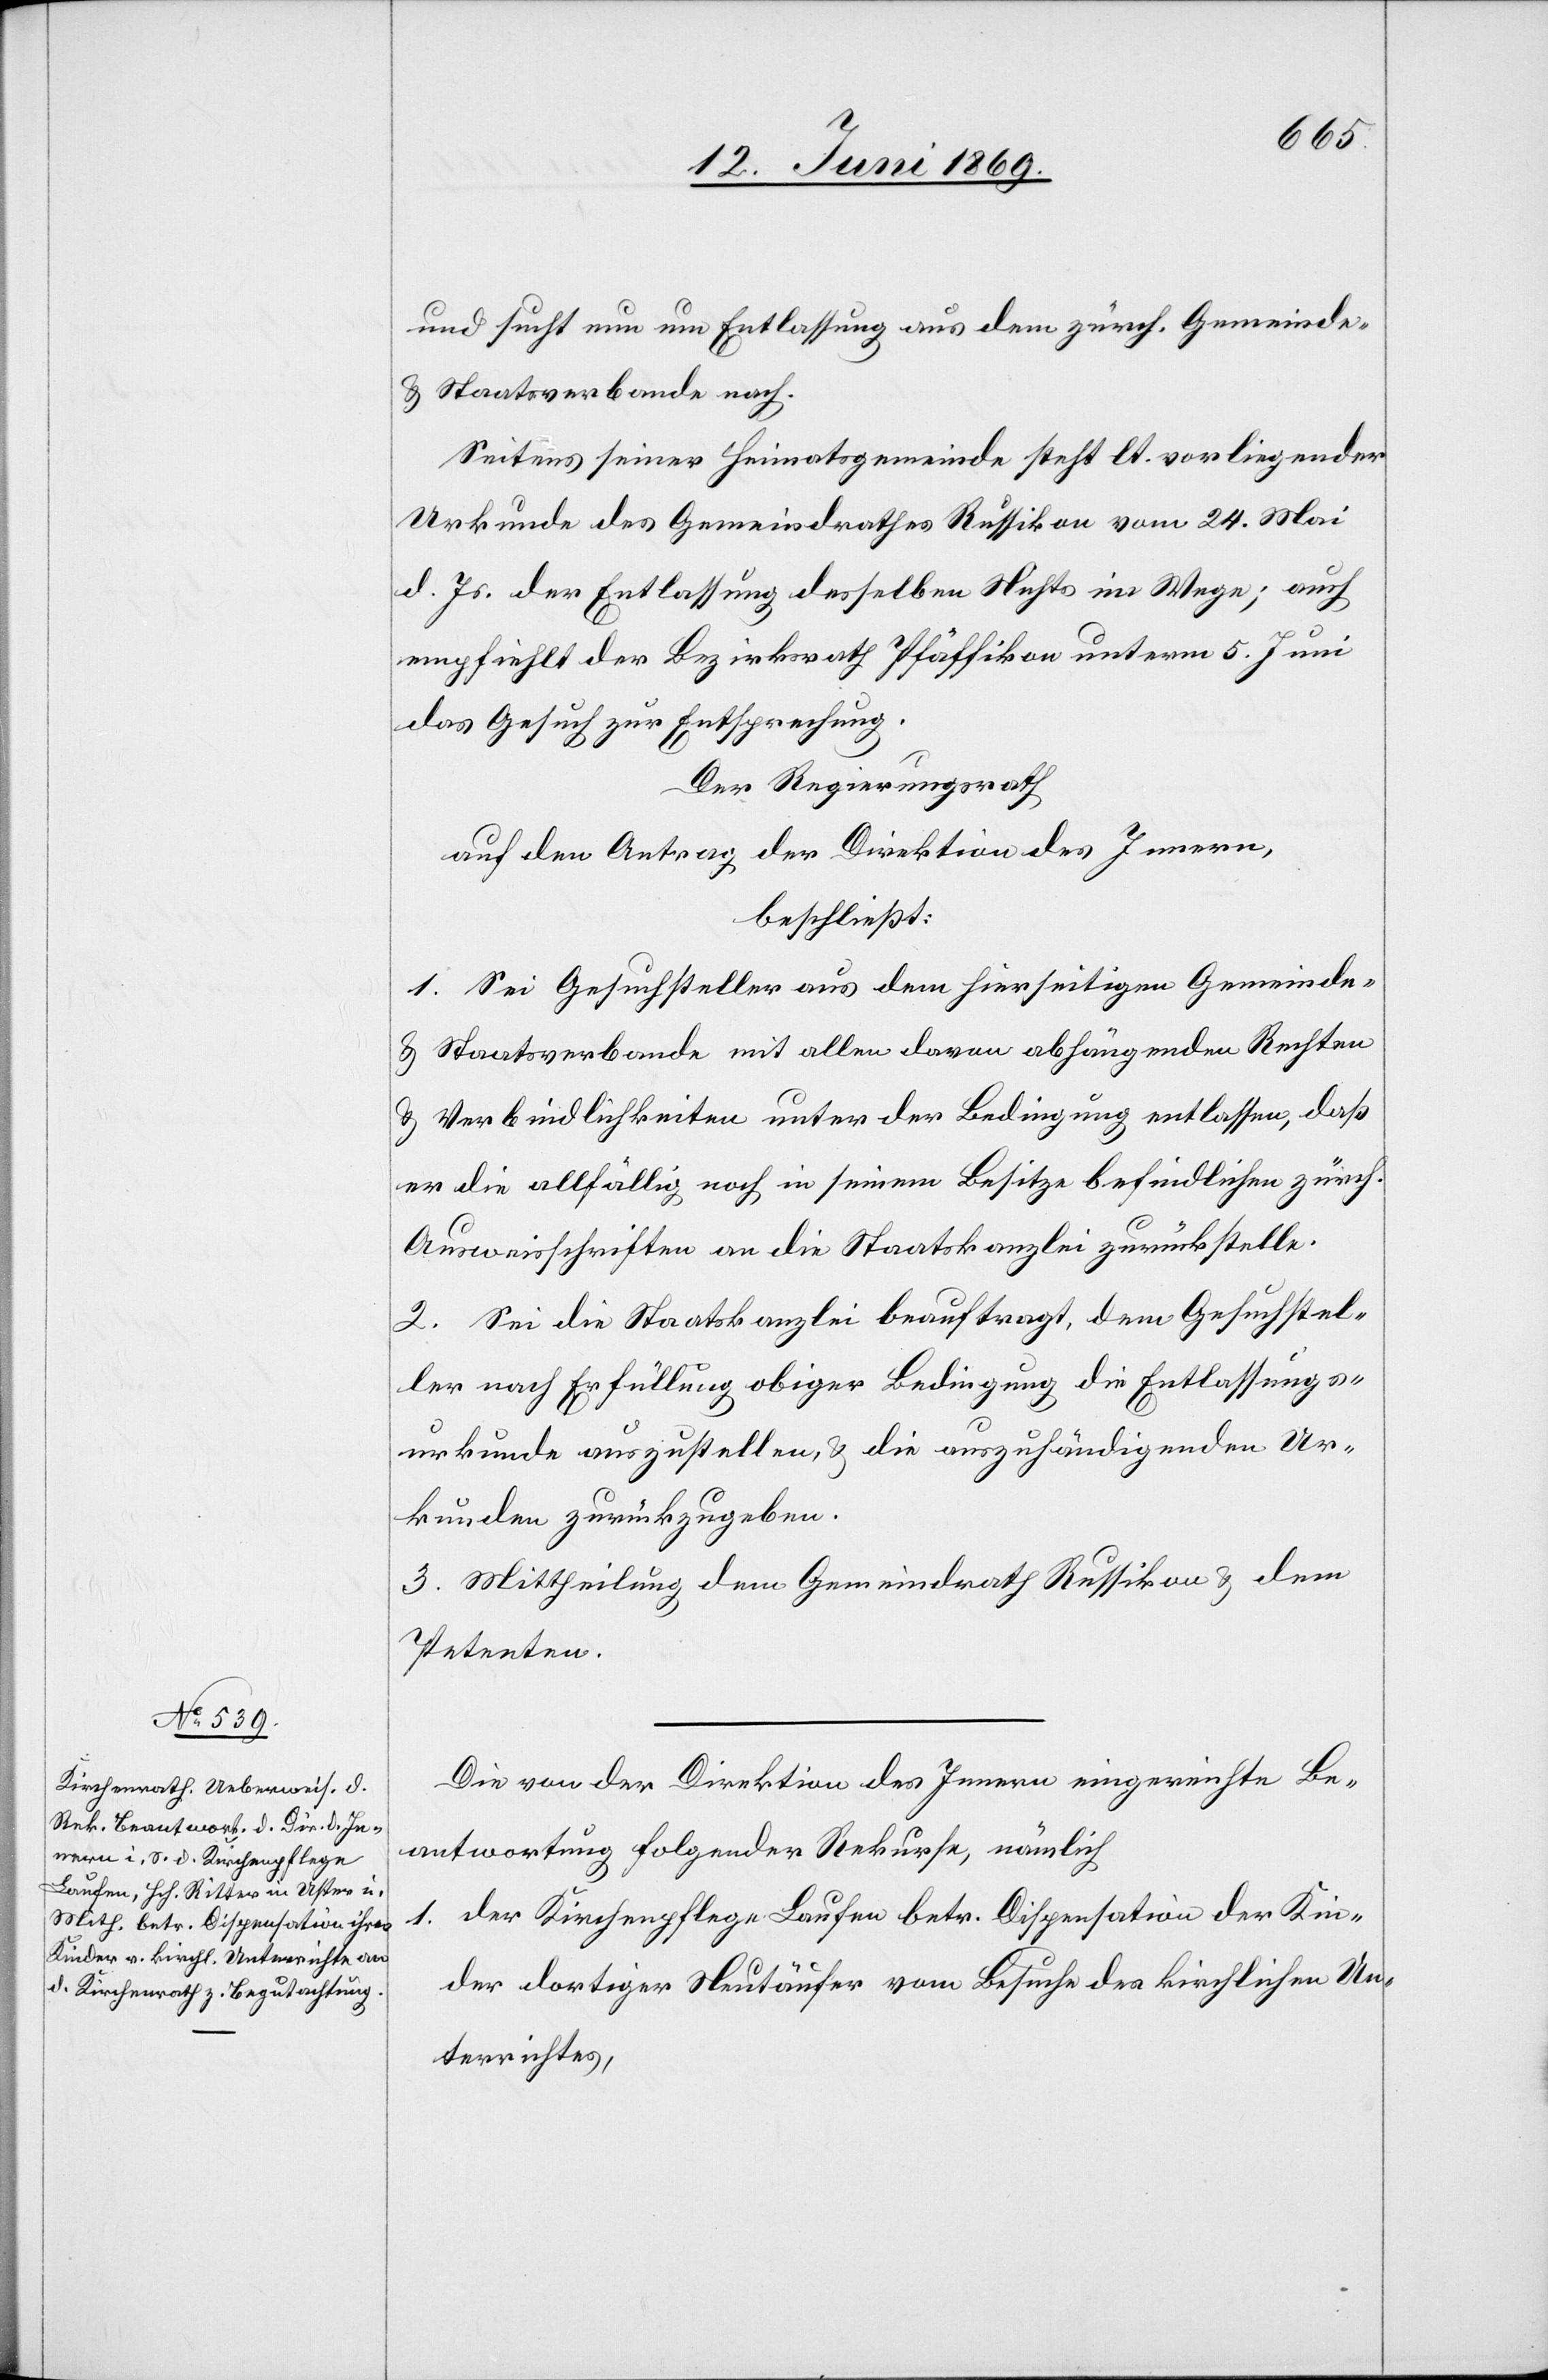
und sucht nun um Entlassung aus dem zürch. Gemeinde-
u. Staatsverbande nach.
Seitens seiner Heimatsgemeinde steht lt. Vorliegender
Urkunde des Gemeindrathes Russikon vom 24 Mai
d. Js. der Entlassung desselben Nichts im Wege; auch
empfiehlt der Bezirksrath Pfäffikon unterm 5 Juni
das Gesetz zur Entsprechung.
Der Regierungsrath,
auf den Antrag der Direktion des Innern,
beschließt:
1. Sei Gesuchsteller aus dem hierseitigen Gemeinde-
u. Staatsverbande mit allen davon abhängenden Rechten
u. Verbindlichkeiten unter der Bedingung entlassen, daß
er die allfällig noch in seinem Besitze befindlichen zürch.
Ausweisschriften an die Staatskanzlei zurückstelle.
2. Sei die Staatskanzlei beauftragt, dem Gesuchstel¬
ler nach Erfüllung obiger Bedingung die Entlassungs¬
urkunde auszustellen, u. die auszuhändigenden Ur¬
kunden zurückzugeben.
3. Mittheilung dem Gemeindrath Russikon u. dem
Petenten.
Die von der Direktion des Innern eingereichte Be¬
antwortung folgender Rekurse, nämlich
1. Der Kirchenpflege Laufen betr. Dispensation der Kinder
der dortigen Neutäufer vom Besuche des kirchlichen Un¬
terrichtes,